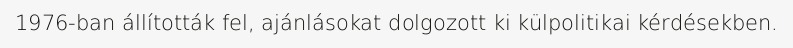
1976-ban állították fel, ajánlásokat dolgozott ki külpolitikai kérdésekben.